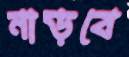
নাড়বে